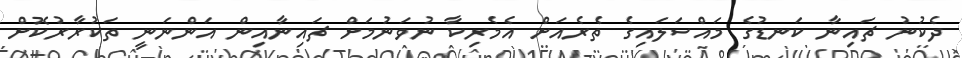
ދެކުނު ޗައިނާ ކަނޑުގެ މައްސަލައިގެ ތެރެއަށް އެމެރިކާ ނުވަނުމަށް ޗައިނާއިން އަންނަނީ ތަކުރާރުކޮށް